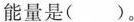
能量是()。